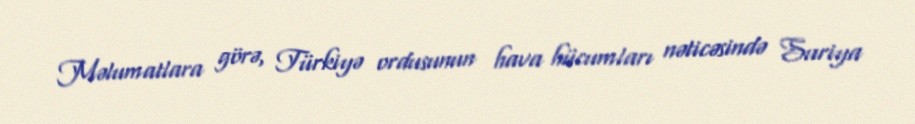
Məlumatlara görə, Türkiyə ordusunun hava hücumları nəticəsində Suriya